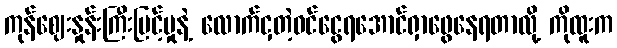
ကုန်ဈေးနှုန်းကြီးမြင့်မှုနဲ့ လောက်ငှတဲ့ဝင်ငွေရအောင်ရှာဖွေနေရတာလို့ ကိုထူးက